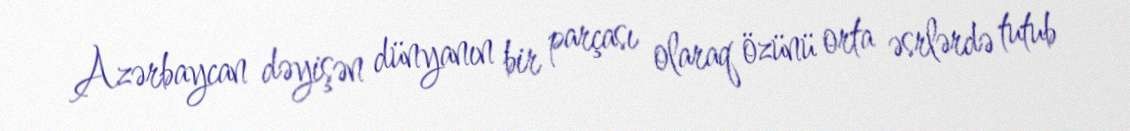
Azərbaycan dəyişən dünyanın bir parçası olaraq özünü orta əsrlərdə tutub